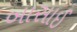
બાસાઈ